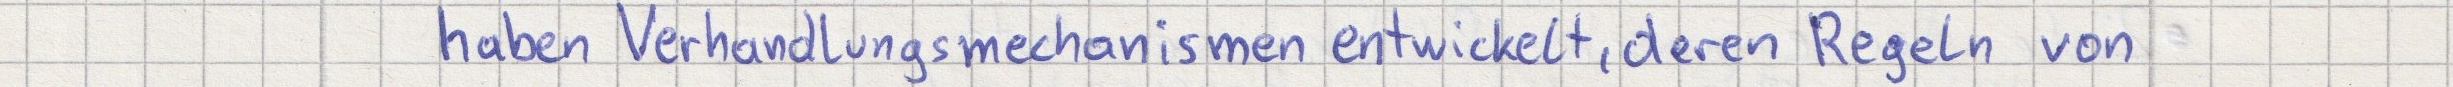
haben Verhandlungsmechanismen entwickelt, deren Regeln von